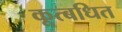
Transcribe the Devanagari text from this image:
कूत्बधित